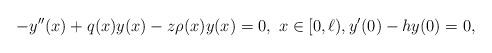
LaTeX: \begin{align*}-y''(x)+q(x)y(x)-z\rho(x)y(x)=0,\ x\in [0,\ell), y'(0)- h y(0)=0,\end{align*}